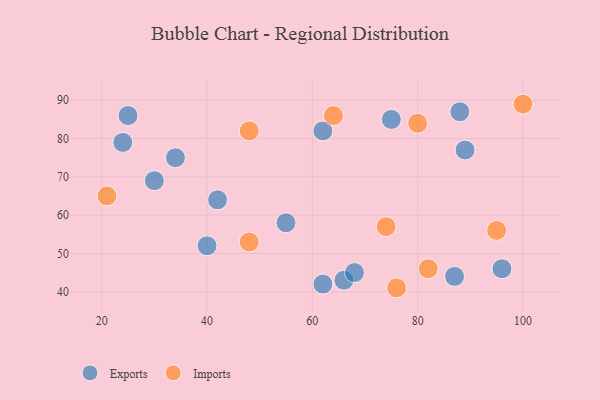
{"axis": {"x": "GDP", "y": "Life Expectancy"}, "legend": ["Exports", "Imports"], "data": [{"x": "25", "y": 86, "type": "Exports"}, {"x": "62", "y": 42, "type": "Exports"}, {"x": "42", "y": 64, "type": "Exports"}, {"x": "89", "y": 77, "type": "Exports"}, {"x": "66", "y": 43, "type": "Exports"}, {"x": "88", "y": 87, "type": "Exports"}, {"x": "30", "y": 69, "type": "Exports"}, {"x": "87", "y": 44, "type": "Exports"}, {"x": "24", "y": 79, "type": "Exports"}, {"x": "62", "y": 82, "type": "Exports"}, {"x": "55", "y": 58, "type": "Exports"}, {"x": "96", "y": 46, "type": "Exports"}, {"x": "68", "y": 45, "type": "Exports"}, {"x": "40", "y": 52, "type": "Exports"}, {"x": "75", "y": 85, "type": "Exports"}, {"x": "34", "y": 75, "type": "Exports"}, {"x": "95", "y": 56, "type": "Imports"}, {"x": "76", "y": 41, "type": "Imports"}, {"x": "64", "y": 86, "type": "Imports"}, {"x": "21", "y": 65, "type": "Imports"}, {"x": "48", "y": 53, "type": "Imports"}, {"x": "80", "y": 84, "type": "Imports"}, {"x": "48", "y": 82, "type": "Imports"}, {"x": "82", "y": 46, "type": "Imports"}, {"x": "74", "y": 57, "type": "Imports"}, {"x": "100", "y": 89, "type": "Imports"}]}